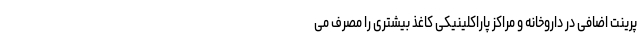
پرینت اضافی در داروخانه و مراکز پاراکلینیکی کاغذ بیشتری را مصرف می